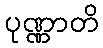
ပုဏ္ဏာတိ